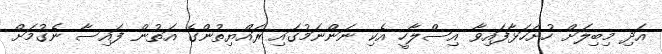
އަދި މިބިލަށް ހުށަހަޅާފައިވާ އިސްލާހީ އެކި ނަންނަމުގައި ރައްޔިތުންގެ އަތުން ފައިސާ ނެގުމަށް